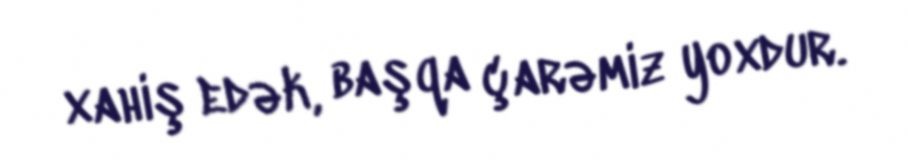
xahiş edək, başqa çarəmiz yoxdur.